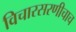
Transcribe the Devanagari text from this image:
विचारसरणीचाच